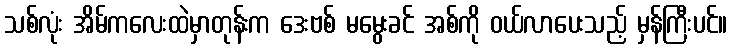
သစ်လုံး အိမ်ကလေးထဲမှာတုန်းက ဒေးဗစ် မမွေးခင် အစ်ကို ဝယ်လာပေးသည့် မှန်ကြီးပင်။